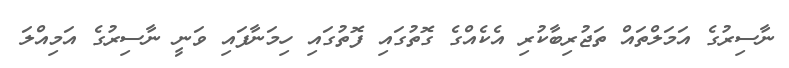
ނާސިރުގެ އަމަލްތައް ތަޖުރިބާކުރި އެކެއްގެ ގޮތުގައި ފޮތުގައި ހިމަނާފައި ވަނީ ނާސިރުގެ އަމިއްލަ